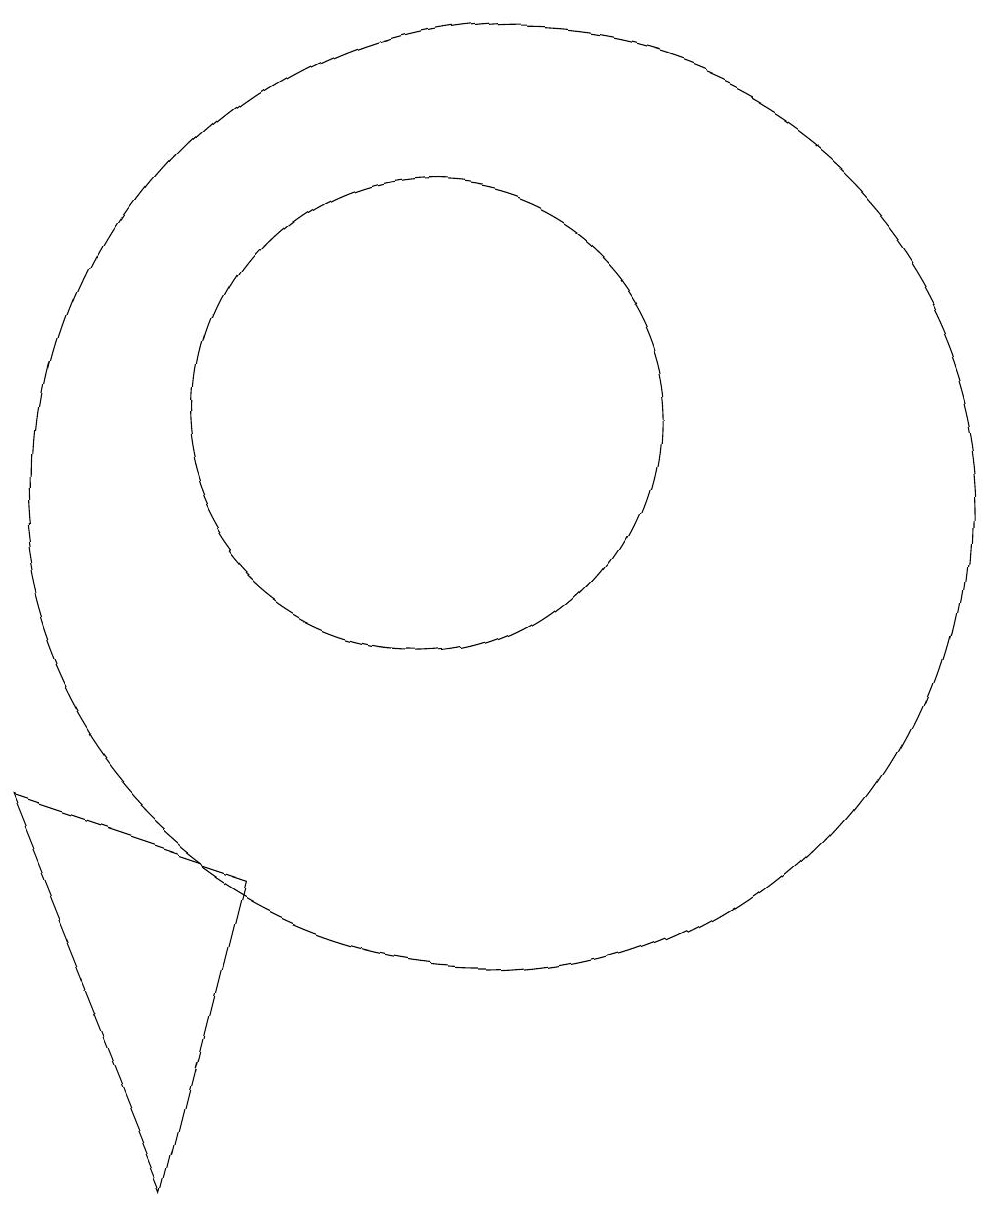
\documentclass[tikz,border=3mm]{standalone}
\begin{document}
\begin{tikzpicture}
\draw (11,11) circle (3);
\draw (6,6) -- (8,1) -- (9,5) -- cycle;
\draw (10,11) circle (0);
\draw (12,10) circle (6);
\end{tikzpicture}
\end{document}